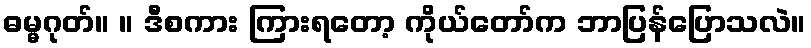
ဓမ္မဂုတ်။ ။ ဒီစကား ကြားရတော့ ကိုယ်တော်က ဘာပြန်ပြောသလဲ။